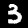
Label: 3